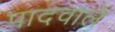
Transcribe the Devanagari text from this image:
पादवाले